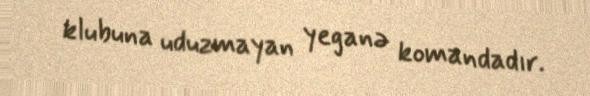
klubuna uduzmayan yeganə komandadır.